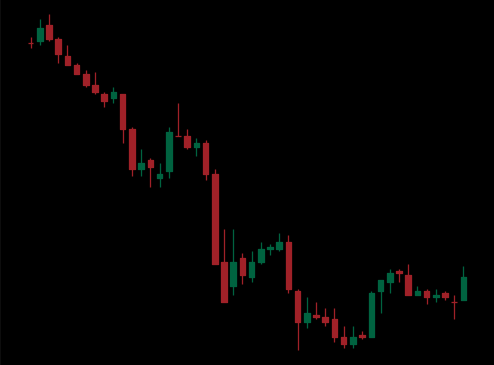
Pattern: bull_flag